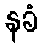
နခံ